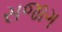
સજાગ